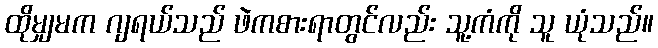
ထိုမျှမက ဂျရယ်သည် ဖဲကစားရာတွင်လည်း သူ့ကံကို သူ ယုံသည်။